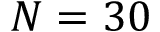
N = 3 0